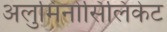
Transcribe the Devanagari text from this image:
अलुमिनोसिलिकेट